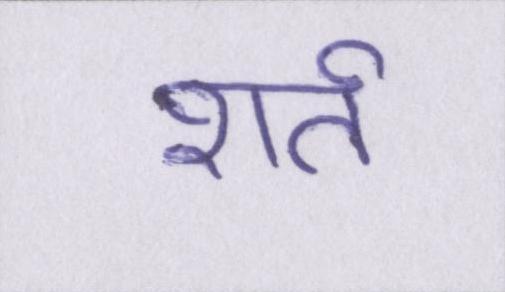
शर्त